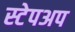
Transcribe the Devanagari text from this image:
स्टेपअप